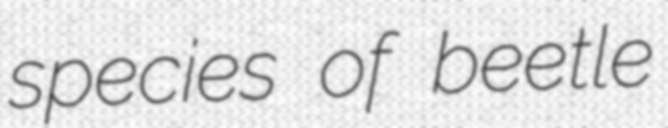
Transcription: species of beetle